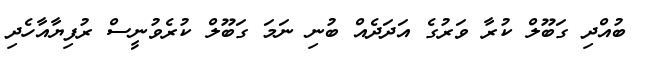
ބުއްދި ގަބޫލް ކުރާ ވަރުގެ އަދަދެއް ބުނި ނަމަ ގަބޫލް ކުރެވުނީސް ރުފިޔާއާހެދި